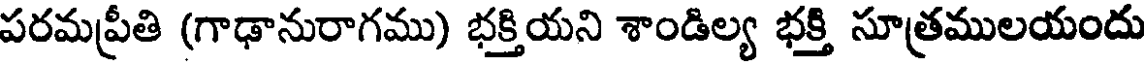
పరమప్రీతి (గాఢానురాగము) భక్తియని శాండిల్య భక్తి సూత్రములయందు